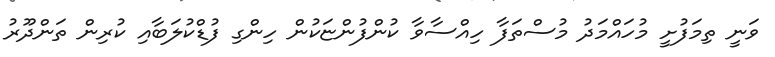
ވަނީ ތިމަފުށީ މުހައްމަދު މުސްތަފާ ހިއްސާވާ ކުންފުންޏަކުން ހިންގި ފުޑްކުލަބާއި ކުރިން ތަންދޫރު